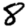
Digit: 8